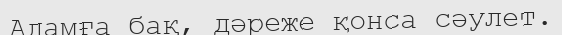
Адамға бақ, дәреже қонса сәулет.